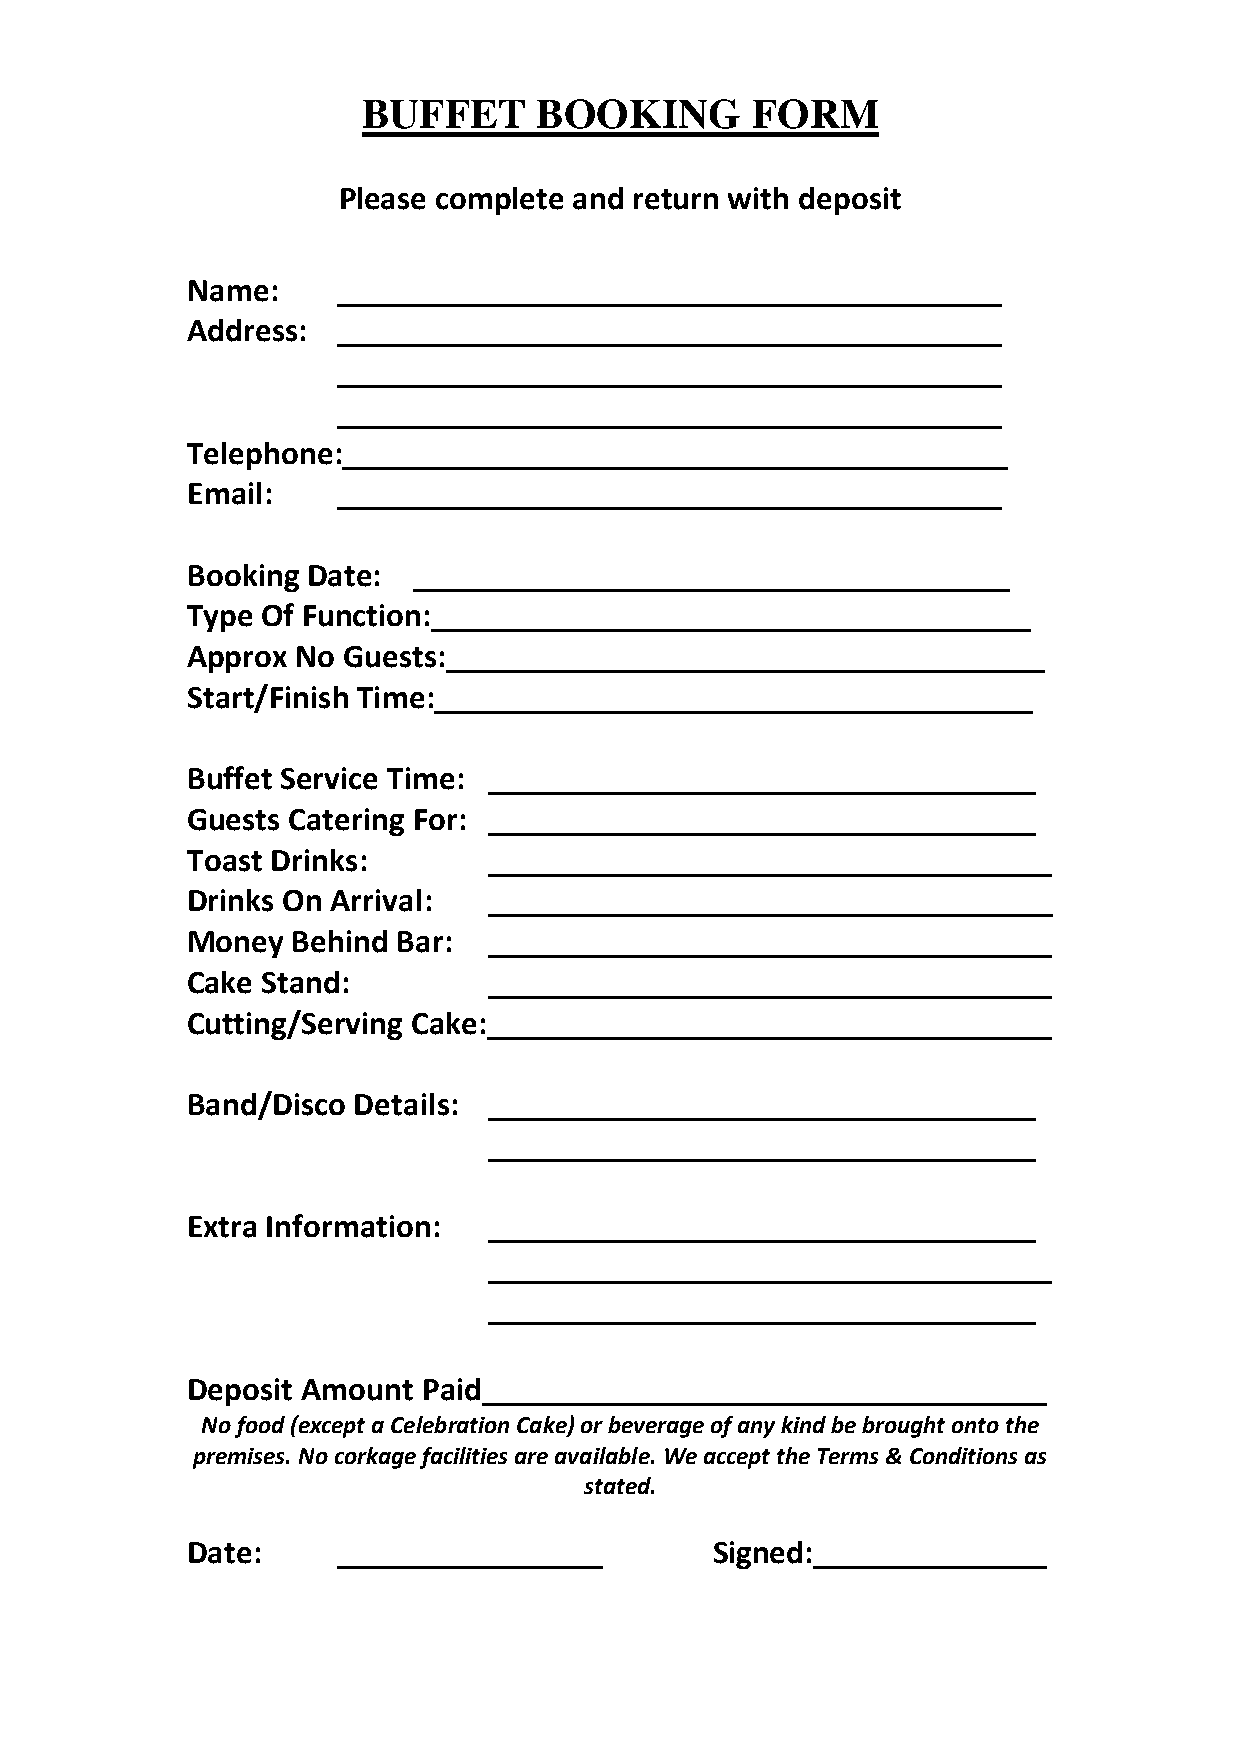
BUFFET      BOOKING       FORM
 Please complete and return with deposit
 Name:     ________________________________________
 Address:  ________________________________________
 ________________________________________
 ________________________________________
 Telephone:________________________________________
 Email:    ________________________________________
 Booking Date:  ____________________________________
 Type Of Function:____________________________________
 Approx  No Guests:____________________________________
 Start/Finish Time:____________________________________
 Buffet Service Time: _________________________________
 Guests Catering For: _________________________________
 Toast Drinks:       __________________________________
 Drinks On Arrival:  __________________________________
 Money  Behind Bar:  __________________________________
 Cake Stand:         __________________________________
 Cutting/Serving Cake:__________________________________
 Band/Disco Details: _________________________________
 _________________________________
 Extra Information:  _________________________________
 __________________________________
 _________________________________
 Deposit Amount  Paid__________________________________
 No food (except a Celebration Cake) or beverage of any kind be brought onto the
 premises. No corkage facilities are available. We accept the Terms & Conditions as
 stated.
 Date:     ________________         Signed:______________